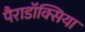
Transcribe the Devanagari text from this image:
पैराडॉक्सिया